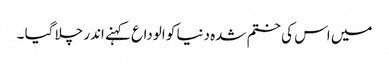
میں اس کی ختم شدہ دنیا کو الوداع کہنے اندر چلا گیا ۔